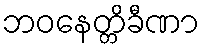
ဘဝနေတ္တိခီဏာ